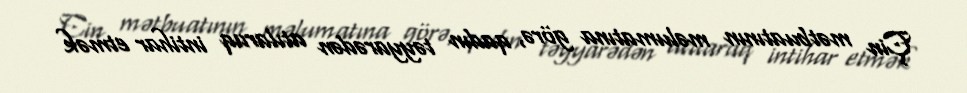
Çin mətbuatının məlumatına görə, qadın təyyarədən atılaraq intihar etmək